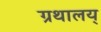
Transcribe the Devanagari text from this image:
ग्रथालय्